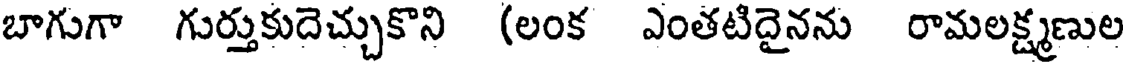
బాగుగా గుర్తుకుదెచ్చుకొని (లంక ఎంతటిదైనను రామలక్ష్మణుల